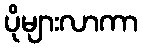
ပိုများလာကာ